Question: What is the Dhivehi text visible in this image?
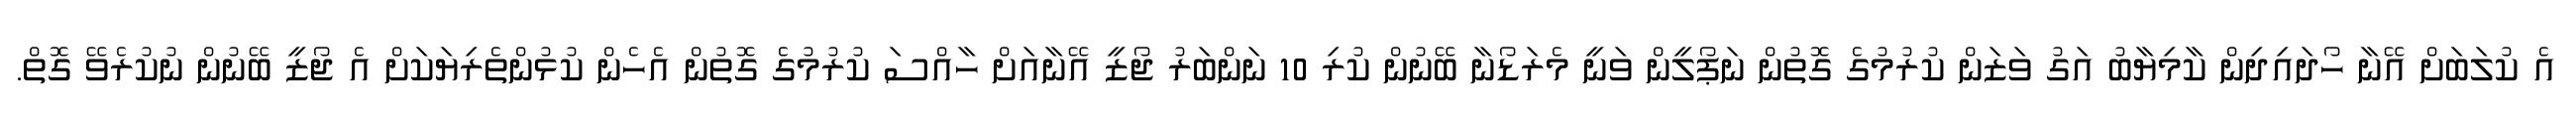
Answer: އެ ކުލަބަށް އޭނާ ހޯދައިދިން ކާމިޔާބު އަގު ވަޒަން ކުރުމުގެ ގޮތުން ނަޕޯލީން ވަނީ މެރަޑޯނާ ބޭނުން ކުރި 10 ނަންބަރު ޖޯޒީ އޭނާއަށް ހާއްސަ ކުރުމުގެ ގޮތުން އެހެން ކުޅުންތެރިޔަކަށް އެ ޖޯޒީ ބޭނުން ނުކުރެވޭ ގޮތް.